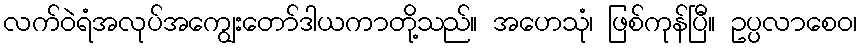
လက်ဝဲရံအလုပ်အကျွေးတော်ဒါယကာတို့သည်။ အဟေသုံ၊ ဖြစ်ကုန်ပြီ။ ဥပ္ပလာစေဝ၊